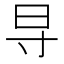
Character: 𬁟